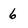
Character: 6